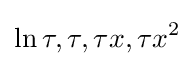
\ln \tau ,\tau ,\tau x,\tau x^{2}